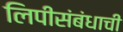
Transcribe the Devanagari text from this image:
लिपीसंबंधाची